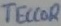
Text: TECCOR